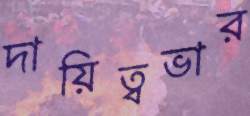
দায়িত্বভার